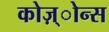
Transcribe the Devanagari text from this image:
कोज़्ोन्स